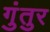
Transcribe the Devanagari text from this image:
गुंतुर